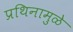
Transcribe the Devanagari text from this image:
प्रथिनामुळे